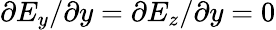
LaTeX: \partial E_{y}/\partial y=\partial E_{z}/\partial y=0